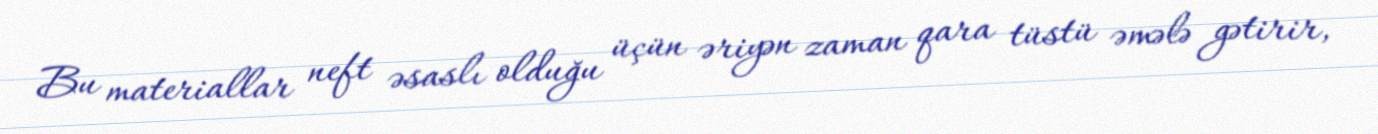
Bu materiallar neft əsaslı olduğu üçün əriyən zaman qara tüstü əmələ gətirir,